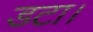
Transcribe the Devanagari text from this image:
डटा।